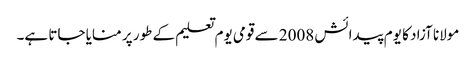
مولانا آزاد کا یوم پیدائش 2008 سے قومی یوم تعلیم کے طور پر منایا جاتا ہے۔